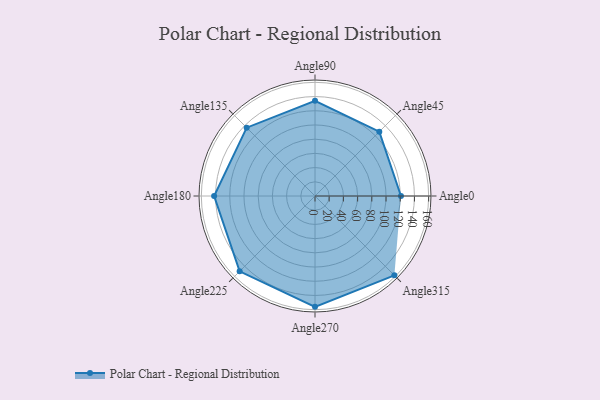
{"axis": {"x": "Angle", "y": "Radius"}, "legend": [""], "data": [{"x": "Angle0", "y": 121.0, "type": ""}, {"x": "Angle45", "y": 128.0, "type": ""}, {"x": "Angle90", "y": 134.0, "type": ""}, {"x": "Angle135", "y": 136.0, "type": ""}, {"x": "Angle180", "y": 142.0, "type": ""}, {"x": "Angle225", "y": 150.0, "type": ""}, {"x": "Angle270", "y": 156.0, "type": ""}, {"x": "Angle315", "y": 158.0, "type": ""}]}